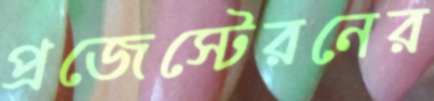
প্রজেস্টেরনের